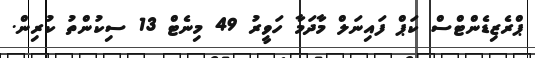
ޕްރެޒިޑެންޓްސް ކަޕް ފައިނަލް މާދަމާ ހަވީރު 49 މިނެޓް 13 ސިކުންތު ކުރިން.